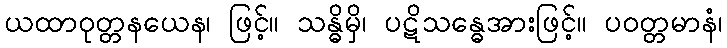
ယထာဝုတ္တနယေန၊ ဖြင့်။ သန္ဓိမှိ၊ ပဋိသန္ဓေအားဖြင့်။ ပဝတ္တမာနံ၊